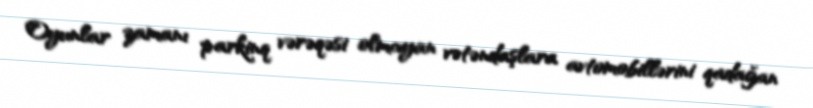
Oyunlar zamanı parkinq vərəqəsi olmayan vətəndaşlara avtomobillərini qadağan